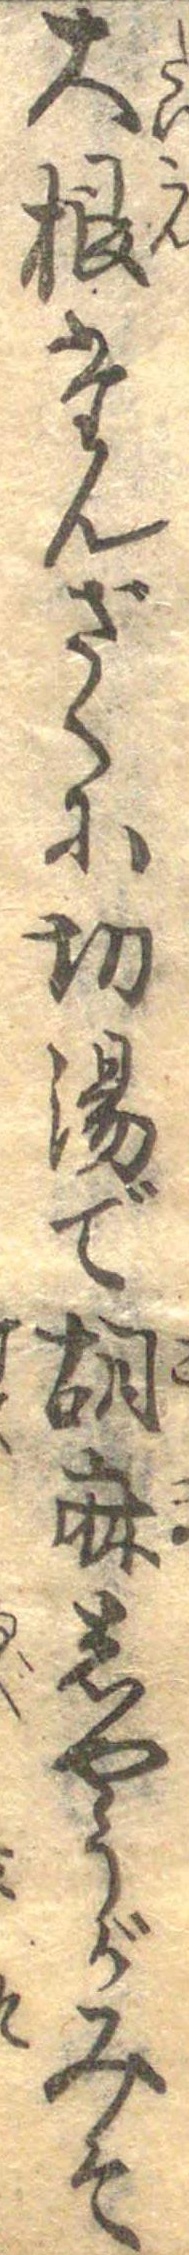
大根たんざくに切湯で胡麻しやうがみそ